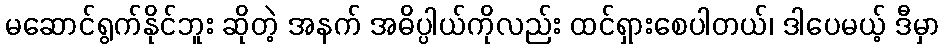
မဆောင်ရွက်နိုင်ဘူး ဆိုတဲ့ အနက် အဓိပ္ပါယ်ကိုလည်း ထင်ရှားစေပါတယ်၊ ဒါပေမယ့် ဒီမှာ